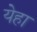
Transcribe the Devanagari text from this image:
येहा